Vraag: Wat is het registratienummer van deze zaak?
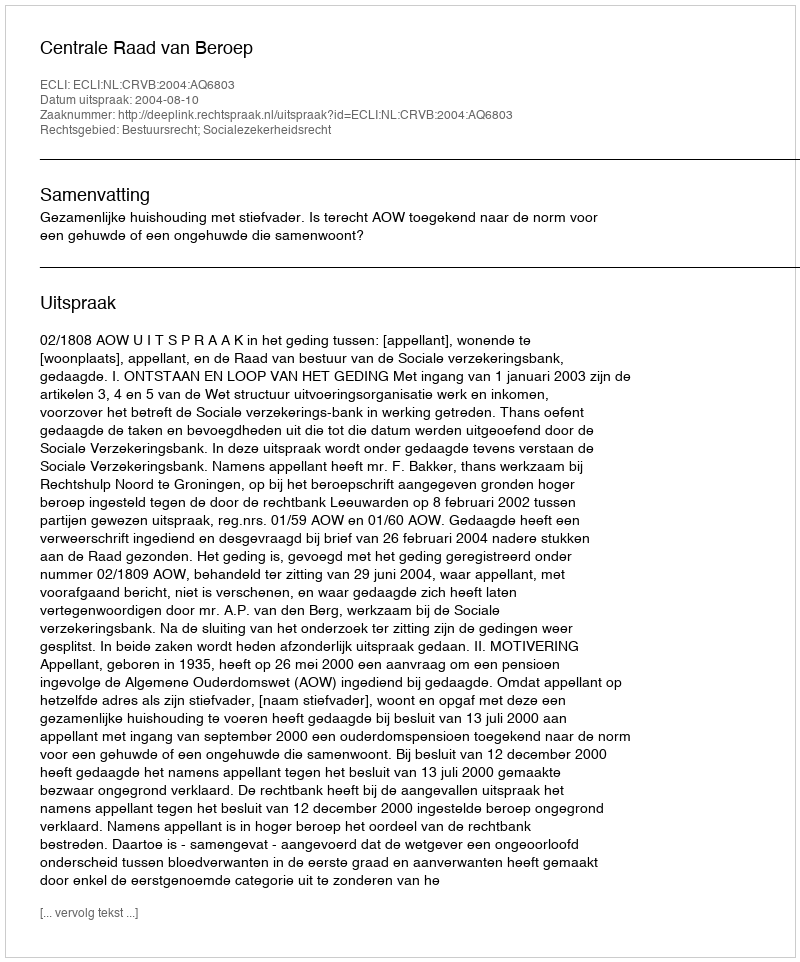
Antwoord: http://deeplink.rechtspraak.nl/uitspraak?id=ECLI:NL:CRVB:2004:AQ6803